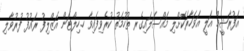
އަފުރާޝީމް އަލީ އަވަހާރަކޮށްލި މައްސަލައިގެރ ތުހުމަތު ކުރެވިފައިވާ ހ.ހިލްޓަން އަޒްލިފު ރައުފު ފުރުވާލި